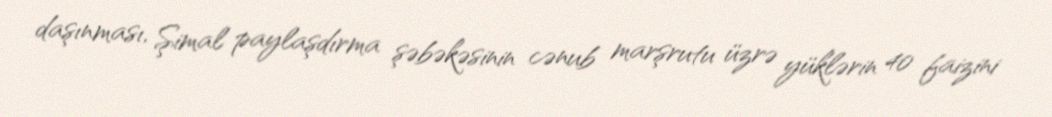
daşınması, Şimal paylaşdırma şəbəkəsinin cənub marşrutu üzrə yüklərin 40 faizini